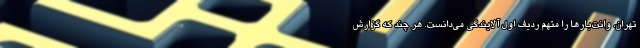
تهران، وانت‌بارها را متهم ردیف اول آلایندگی می‌دانست. هر چند که گزارش